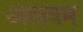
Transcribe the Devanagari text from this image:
अलवम